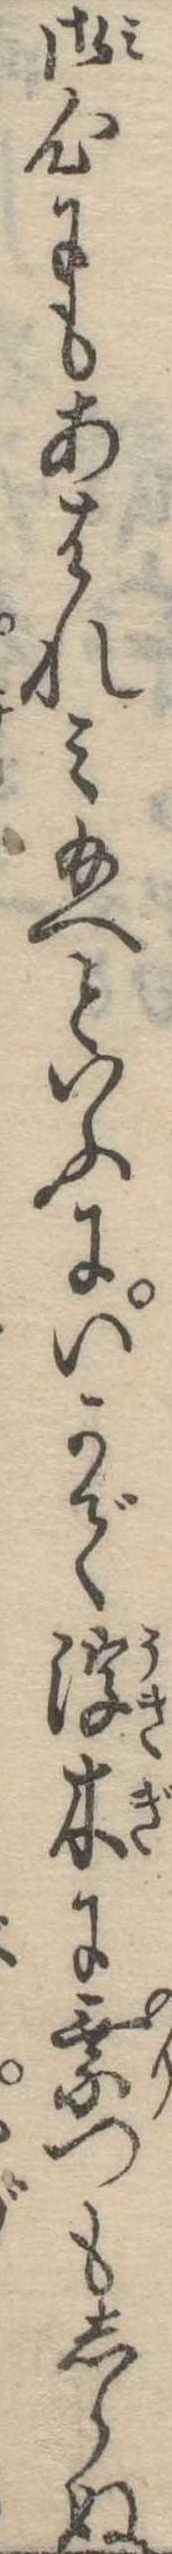
御心にもあはれみ給へといふにいかで浮木に乗つもしらぬ